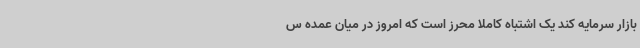
بازار سرمایه کند یک اشتباه کاملا محرز است که امروز در میان عمده س